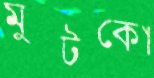
মুটকো